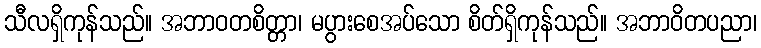
သီလရှိကုန်သည်။ အဘာဝတစိတ္တာ၊ မပွားစေအပ်သော စိတ်ရှိကုန်သည်။ အဘာဝိတပညာ၊